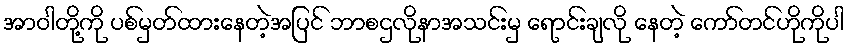
အာဝါတို့ကို ပစ်မှတ်ထားနေတဲ့အပြင် ဘာစဌလိုနာအသင်းမှ ရောင်းချလို နေတဲ့ ကော်တင်ဟိုကိုပါ